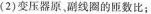
(2)变压器原，副线圈的匝数比：